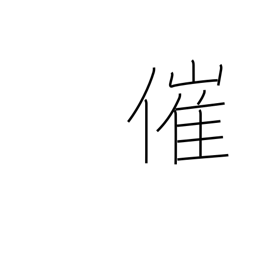
Meaning: sponsor